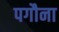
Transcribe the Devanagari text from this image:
पगौना